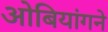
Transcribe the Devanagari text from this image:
ओबियांगने